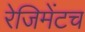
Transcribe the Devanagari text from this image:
रेजिमेंटच